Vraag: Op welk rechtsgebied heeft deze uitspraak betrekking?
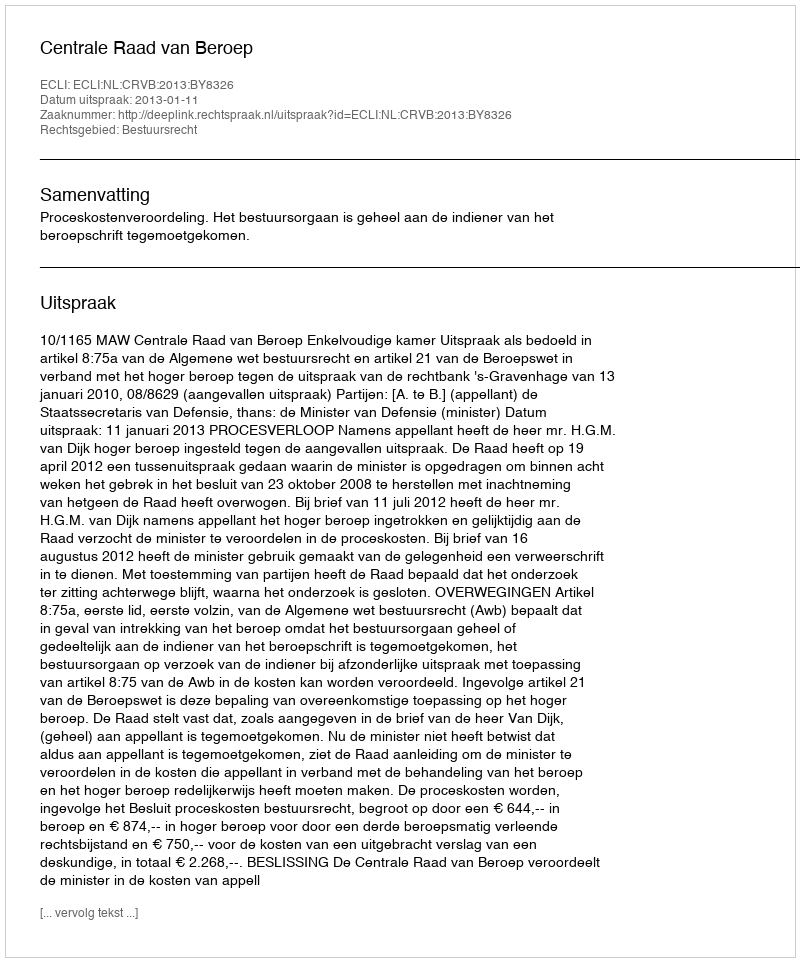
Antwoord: Bestuursrecht